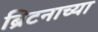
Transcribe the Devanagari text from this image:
ब्रिटनाच्या